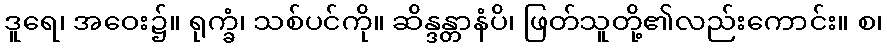
ဒူရေ၊ အဝေး၌။ ရုက္ခံ၊ သစ်ပင်ကို။ ဆိန္ဒန္တာနံပိ၊ ဖြတ်သူတို့၏လည်းကောင်း။ စ၊